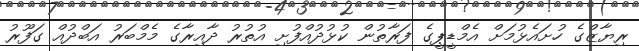
ރިޔާޒްގެ ހުށައެޅުމަށް އެމްޑީޕީގެ ފަރާތުން ކުޅުދުއްފުށި އުތުރު ދާއިރާގެ މެމްބަރު އަބްދުއް ގަފޫރު